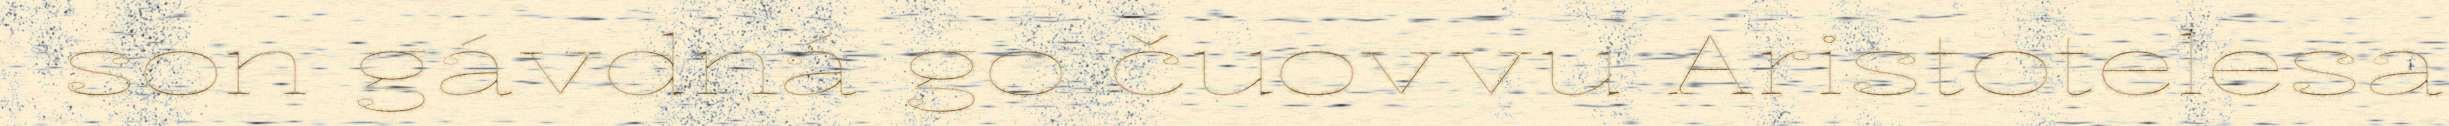
son gávdná go čuovvu Aristotelesa